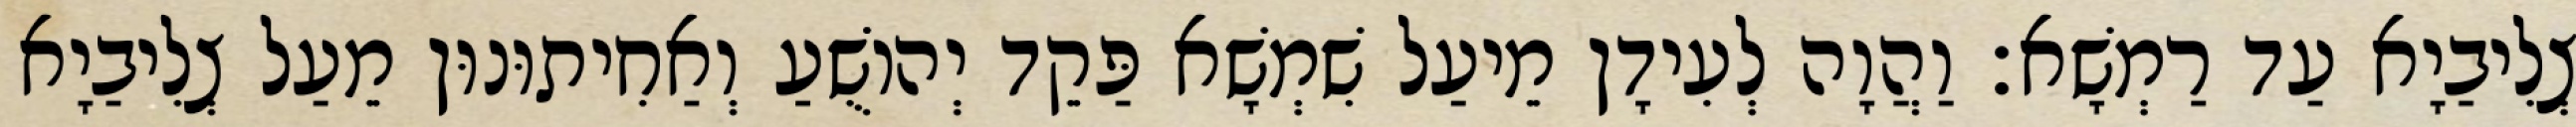
צְלִיבַיָא עַד רַמְשָׁא׃ וַהֲוָה לְעִידָן מֵיעַל שִׁמְשָׁא פַּקֵד יְהוֹשֻׁעַ וְאַחִיתוּנוּן מֵעַל צְלִיבַיָא